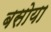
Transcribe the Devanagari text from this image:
बसोया